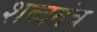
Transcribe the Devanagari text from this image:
शब्दतंत्र